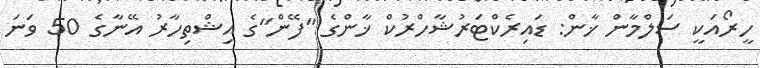
ހީރޯއަކީ ސަލްމާން ޚާން: ޑައިރެކްޓަރުޝާހްރުކް ޚާންގެ "ފޭން"ގެ އިޝްތިހާރު އޭނާގެ 50 ވަނަ